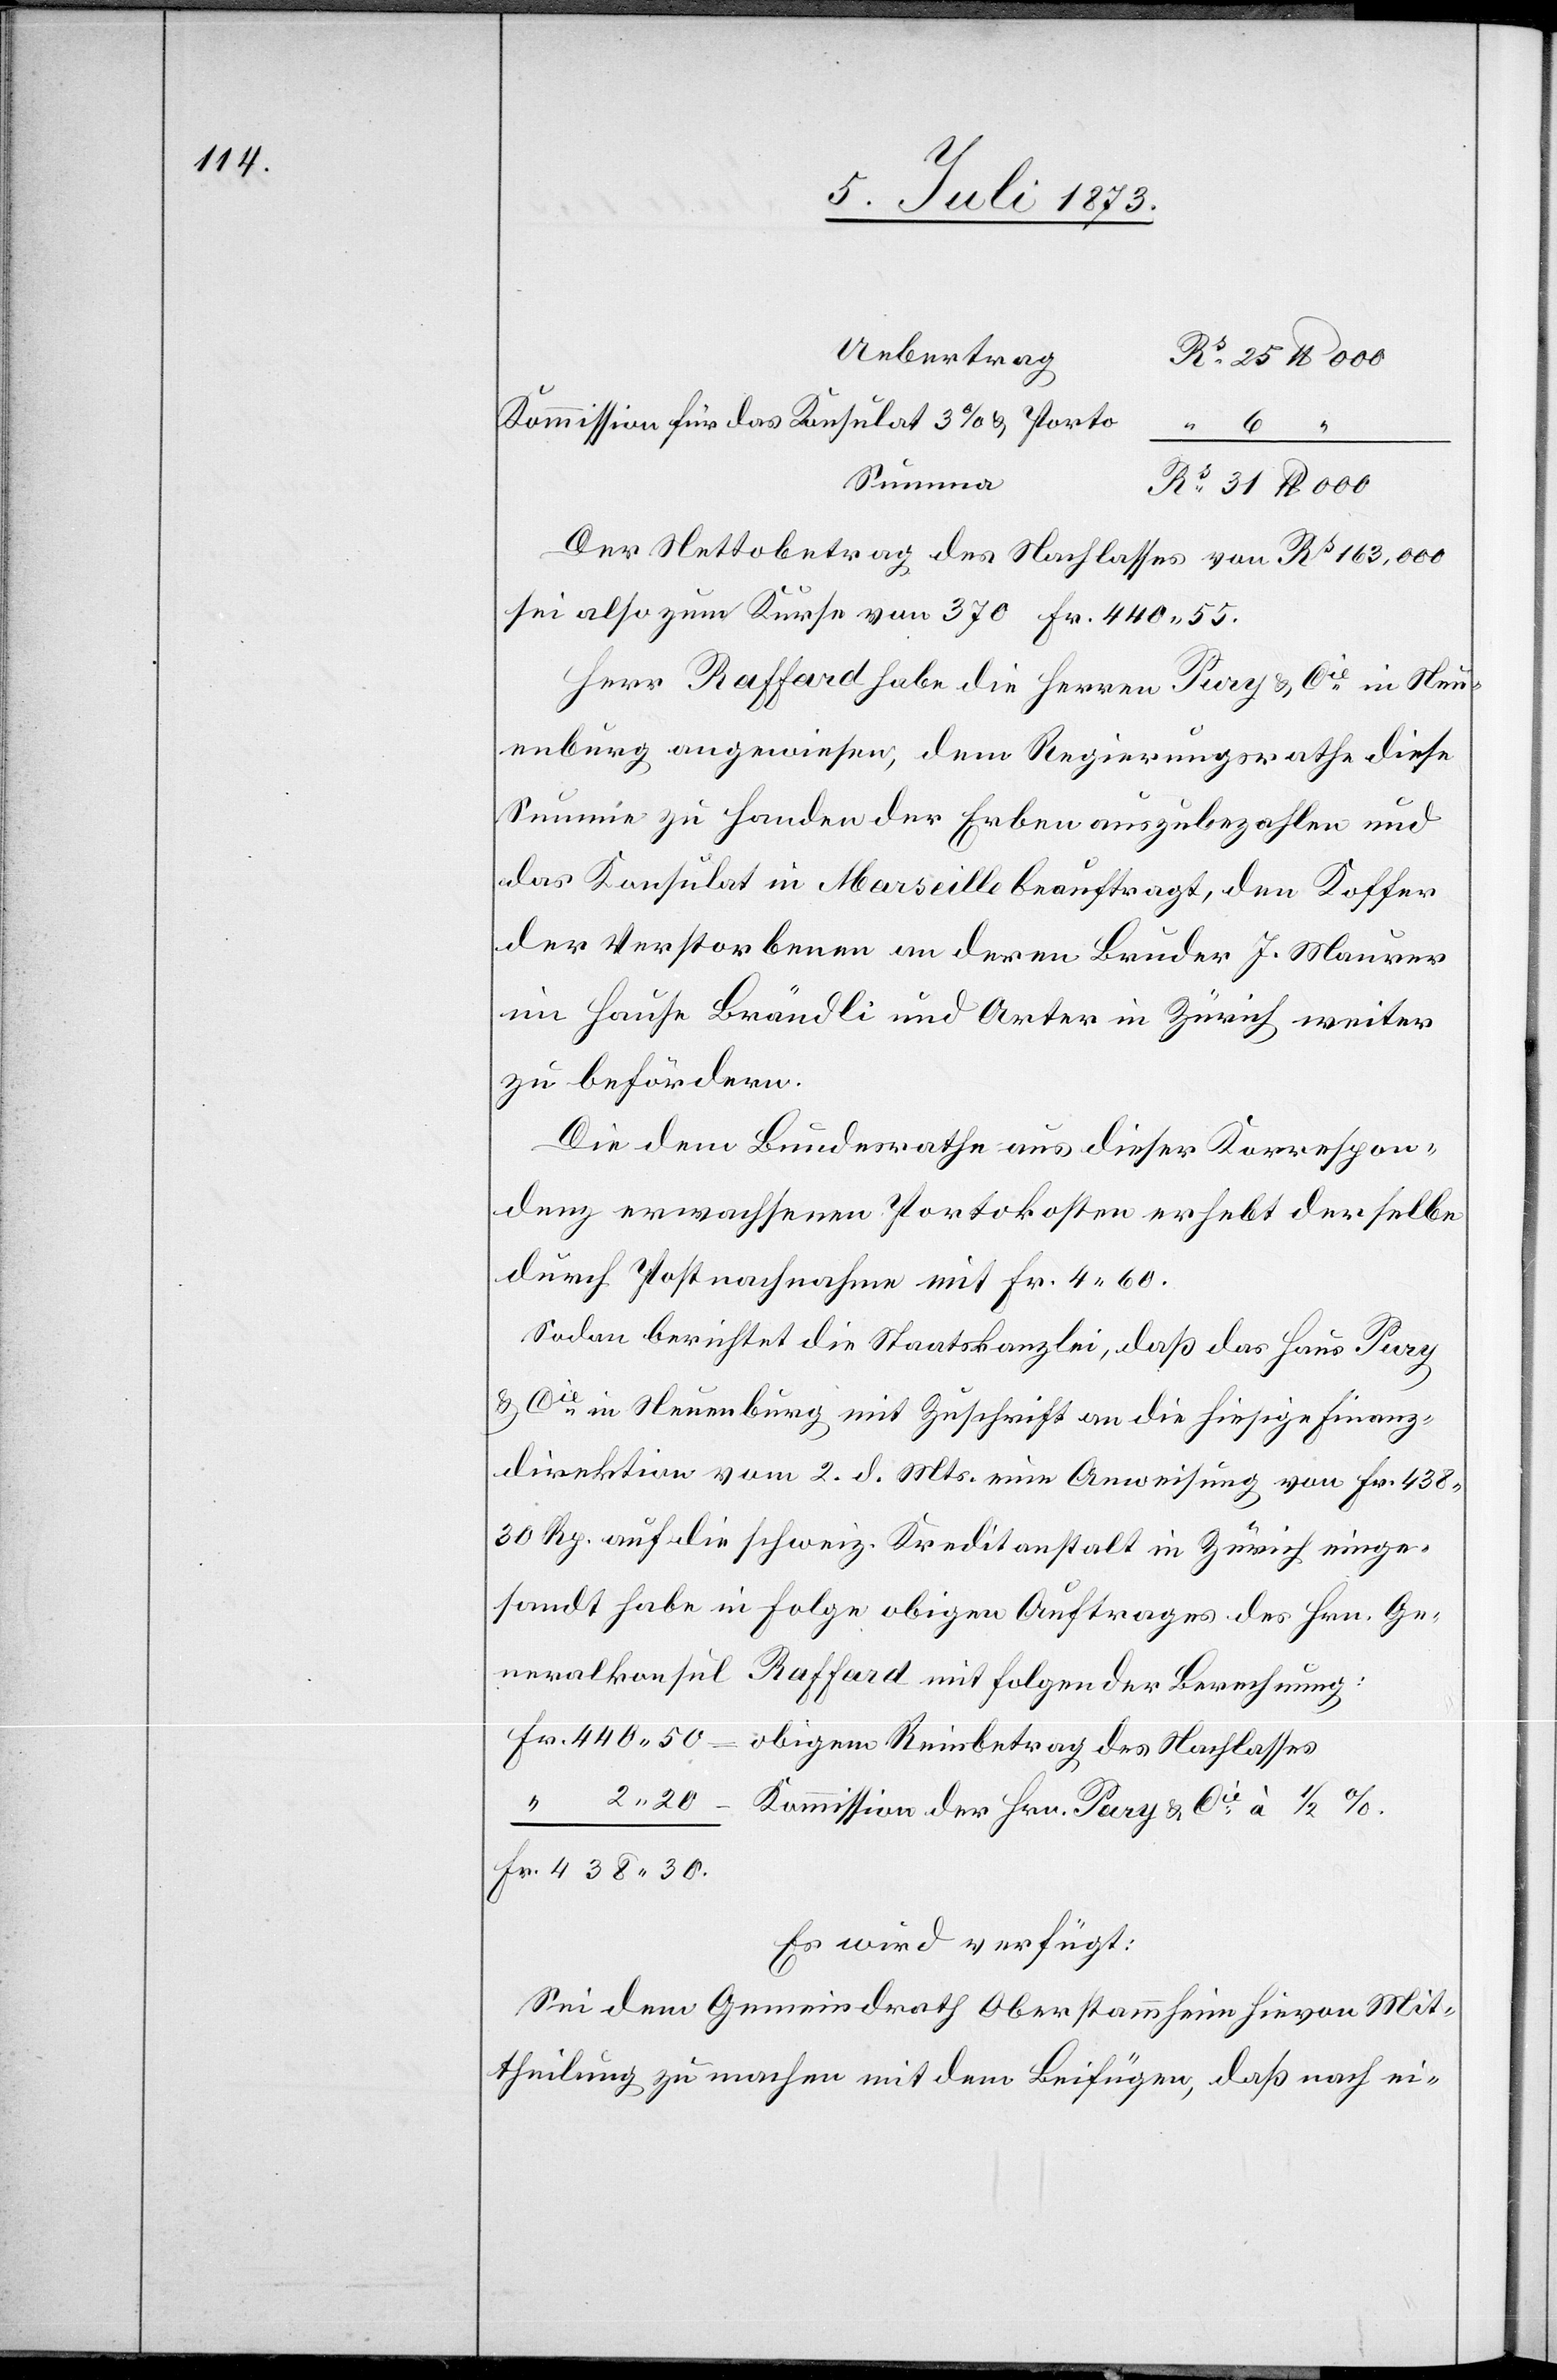
Uebertrag
Kommission für das Konsulat 3% Porto
Summa
Der Nettobetrag des Nachlasses vom Rs 163,000
sei also zum Kurse von 370 Fr. 440 55.
Herr Raffard habe die Herren Pury & Cie in Neu¬
enburg angewiesen, dem Regierungsrathe diese
Summe zu Handen der Erben auszubezahlen und
das Konsulat in Marseille beauftragt, den Koffer
der Verstorbenen an deren Bruder J. Maurer
im Hause Brändli und Arter in Zürich weiter
zu befördern.
Die dem Bundesrathe aus dieser Korrespon¬
denz erwachsenen Portokosten erhebt derselbe
durch Postnachnahme mit Fr. 4 60.
Sodan berichtet die Staatskanzlei, daß das Haus Pury
& Cie in Neuenburg mit Zuschrift an die hiesige Finanz¬
direktion vom 2. d. Mts. eine Anweisung von Fr. 438
30 Rp. auf die schweiz. Kreditanstalt in Zürich einge¬
sandt habe in Folge obigen Auftrages des Hrn. Ge¬
neralkonsul Raffard mit folgender Berechnung:
– Kommission der Hrn. Pury & Cie à 1/2%.
Es wird verfügt:
Sei dem Gemeindrath Oberstammheim hievon Mit¬
theilung zu machen mit dem Beifügen, daß nach ei-